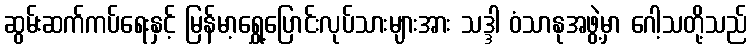
ဆွမ်းဆက်ကပ်ရေးနှင့် မြန်မာ့ရွှေ့ပြောင်းလုပ်သားများအား သဒ္ဒါ ဝံသာနုအဖွဲ့မှာ ဂေါ့သတို့သည်